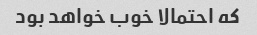
که احتمالا خوب خواهد بود